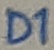
Text: D1